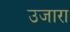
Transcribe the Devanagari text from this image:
उजारा